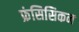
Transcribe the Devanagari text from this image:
फ्रंसिसिकन